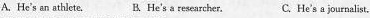
A.He's an athlcte.